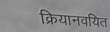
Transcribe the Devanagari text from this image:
क्रियानवयित